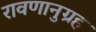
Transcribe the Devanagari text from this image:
रावणानुग्रह